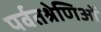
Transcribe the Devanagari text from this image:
पर्वतश्रेणिओं